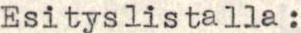
Esityslistalla: